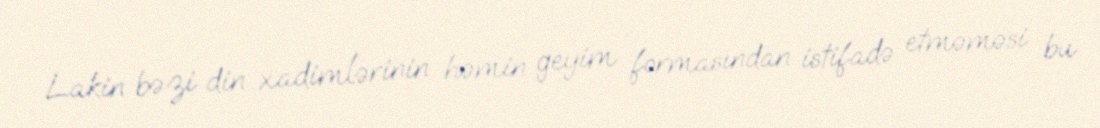
Lakin bəzi din xadimlərinin həmin geyim formasından istifadə etməməsi bu